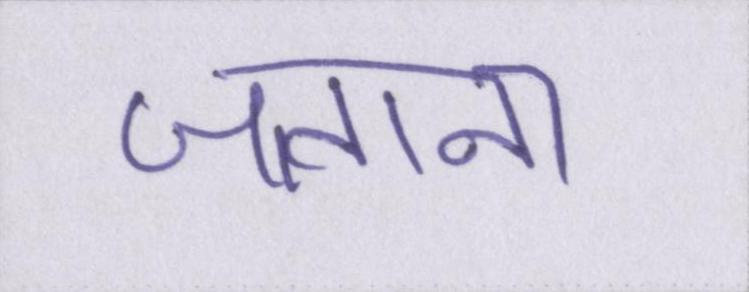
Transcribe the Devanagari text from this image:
जताना